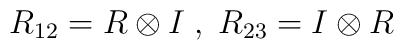
R_{12}=R\otimes I \; ,\; R_{23}=I\otimes R